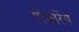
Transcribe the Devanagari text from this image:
पिंकरिंग